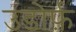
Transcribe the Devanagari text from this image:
उडोर्फ़